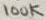
Text: 100K